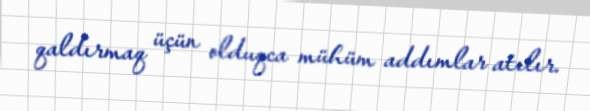
qaldırmaq üçün olduqca mühüm addımlar atılır.